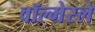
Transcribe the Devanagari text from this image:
वॉल्मेस्ले